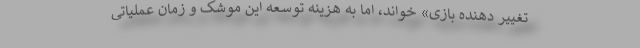
تغییر دهنده بازی» خواند، اما به هزینه توسعه این موشک و زمان عملیاتی